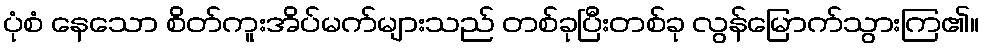
ပုံစံ နေသော စိတ်ကူးအိပ်မက်များသည် တစ်ခုပြီးတစ်ခု လွန်မြောက်သွားကြ၏။